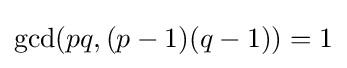
\gcd(pq,(p-1)(q-1))=1